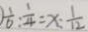
) \frac { 1 } { 6 } : \frac { 1 } { 4 } = x : \frac { 1 } { 1 2 }